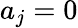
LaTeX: a_{j}=0